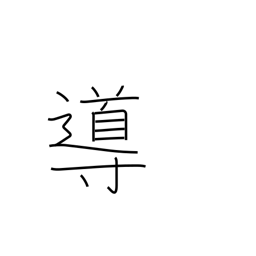
Meaning: guidance